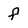
Character: f